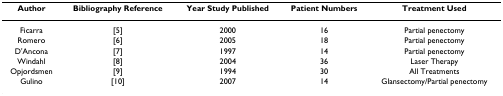
| Author | Bibliography Reference | Year Study Published | Patient Numbers | Treatment Used |
 | --- | --- | --- | --- | --- |
 | Ficarra | [5] | 2000 | 16 | Partial penectomy |
 | Romero | [6] | 2005 | 18 | Partial penectomy |
 | D'Ancona | [7] | 1997 | 14 | Partial penectomy |
 | Windahl | [8] | 2004 | 36 | Laser Therapy |
 | Opjordsmen | [9] | 1994 | 30 | All Treatments |
 | Gulino | [10] | 2007 | 14 | Glansectomy/Partial penectomy |